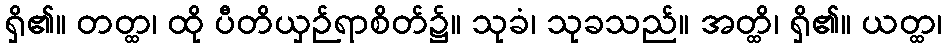
ရှိ၏။ တတ္ထ၊ ထို ပီတိယှဉ်ရာစိတ်၌။ သုခံ၊ သုခသည်။ အတ္ထိ၊ ရှိ၏။ ယတ္ထ၊